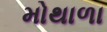
મોથાળા